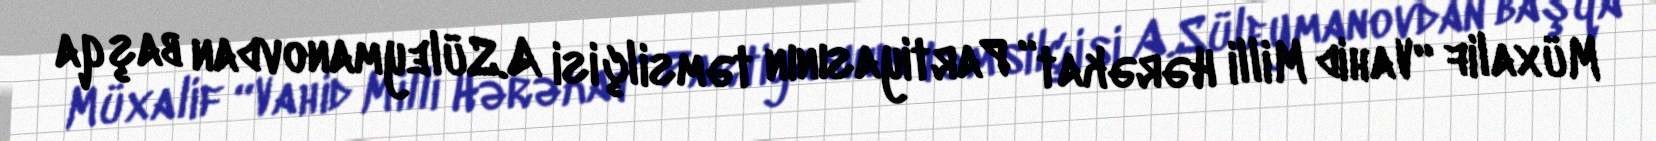
Müxalif “Vahid Milli Hərəkat” Partiyasının təmsilçisi A.Süleymanovdan başqa